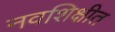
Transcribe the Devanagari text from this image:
नवशिक्षीत